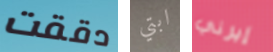
دققت ابتي إيرني